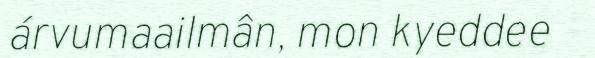
árvumaailmân, mon kyeddee